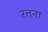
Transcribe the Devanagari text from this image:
रतना